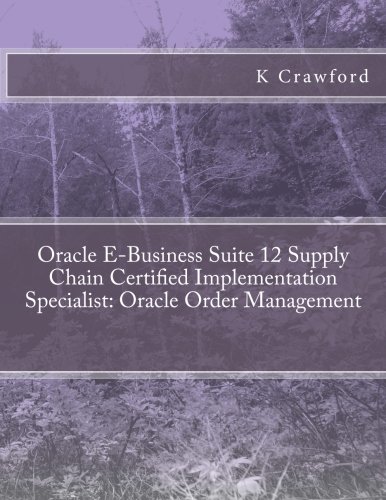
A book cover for Oracle E-Business Suite 12 Supply Chain Certified Implementation Specialist: Oracle Order Management; K Crawford; Computers & Technology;